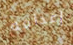
إعدامه